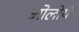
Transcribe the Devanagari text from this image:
ओलोये